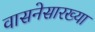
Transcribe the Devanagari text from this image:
वासनेसारख्या